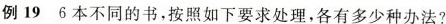
例19 6本不同的书，按照如下要求处理，各有多少种办法？